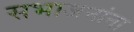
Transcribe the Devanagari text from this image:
सभाजनांना